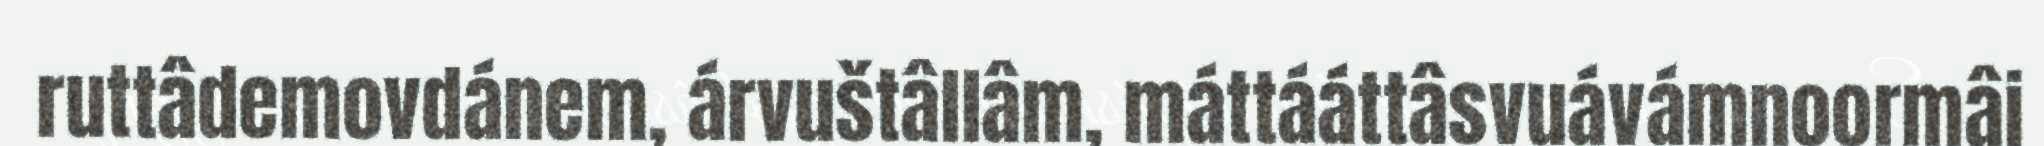
ruttâdemovdánem, árvuštâllâm, máttááttâsvuávámnoormâi